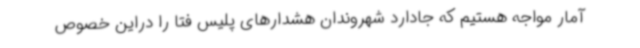
آمار مواجه هستیم که جادارد شهروندان هشدارهای پلیس فتا را دراین خصوص